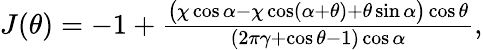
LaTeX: \begin{array}{r}{J(\theta)=-1+\frac{\big(\chi\cos\alpha-\chi\cos(\alpha+\theta)+\theta\sin\alpha\big)\cos\theta}{(2\pi\gamma+\cos\theta-1)\cos\alpha},}\end{array}